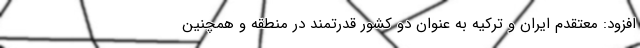
افزود: معتقدم ایران و ترکیه به عنوان دو کشور قدرتمند در منطقه و همچنین